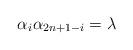
LaTeX: \begin{align*} \alpha_i \alpha_{2n+1-i}=\lambda\end{align*}